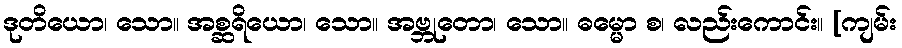
ဒုတိယော၊ သော။ အစ္ဆရိယော၊ သော။ အဗ္ဘုတော၊ သော။ ဓမ္မော စ၊ လည်းကောင်း။ [ကျမ်း